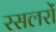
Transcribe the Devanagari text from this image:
रसलरों